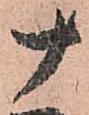
十